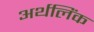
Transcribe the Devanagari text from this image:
अर्थलिंक